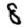
Digit: 8